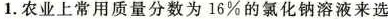
1.农业上常用质量分数为16%的氯化钠溶液来选